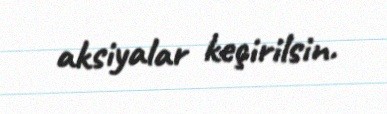
aksiyalar keçirilsin.